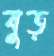
বুড়